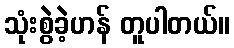
သုံးစွဲခဲ့ဟန် တူပါတယ်။